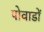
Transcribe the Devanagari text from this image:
पोवाडों